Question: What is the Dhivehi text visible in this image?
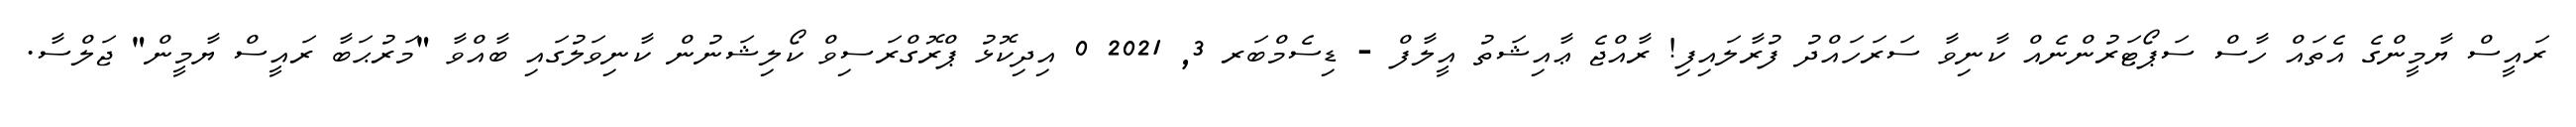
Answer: ރައީސް ޔާމީންގެ އެތައް ހާސް ސަޕޯޓަރުންނެއް ކާނިވާ ސަރަހައްދު ފުރާލައިފި! ރާއްޖެ ޢާއިޝަތު އީލާފް - ޑިސެމްބަރ 3, 2021 0 އިދިކޮޅު ޕްރޮގްރަސިވް ކޯލިޝަނުން ކާނިވަލުގައި ބާއްވާ "މަރުޙަބާ ރައީސް ޔާމީން" ޖަލްސާ.